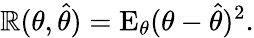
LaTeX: \mathbb{R}(\theta,{\hat{{\theta}}})=\operatorname{E}_{\theta}(\theta-{\hat{{\theta}}})^{2}.